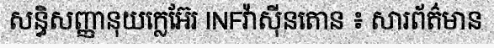
សន្ធិសញ្ញានុយក្លេអ៊ែរ INFវ៉ាស៊ីនតោន ៖ សារព័ត៌មាន